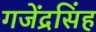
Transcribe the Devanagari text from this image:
गजेंद्रसिंह